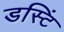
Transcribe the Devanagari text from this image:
डस्टिं